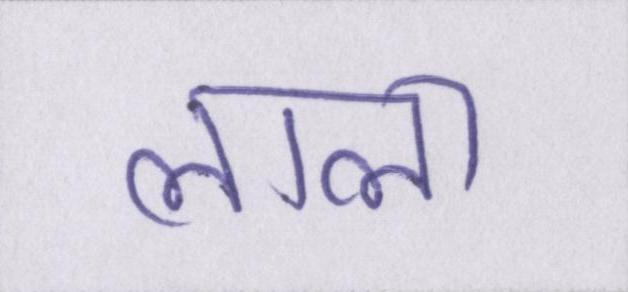
लाला